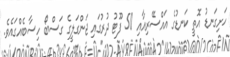
ހަށިގަނޑު އޮތީ ކަނޑުގެ އައްސޭރިއާއި 50 ފޫޓު ދުރުގައި ޖަންގަލީގެ ގަސްބޯ ހިސާބެއްގައެވެ.